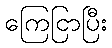
ကြေငြာပြီး